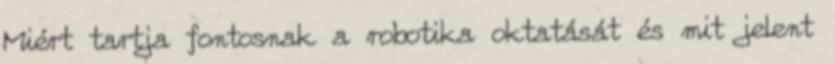
Miért tartja fontosnak a robotika oktatását és mit jelent